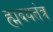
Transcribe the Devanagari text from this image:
ह्मदयतंत्र